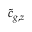
\tilde { c } _ { g , z }